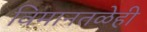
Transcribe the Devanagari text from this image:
विमानतळेही